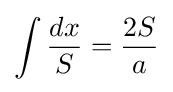
\int {\frac {dx}{S}}={\frac {2S}{a}}